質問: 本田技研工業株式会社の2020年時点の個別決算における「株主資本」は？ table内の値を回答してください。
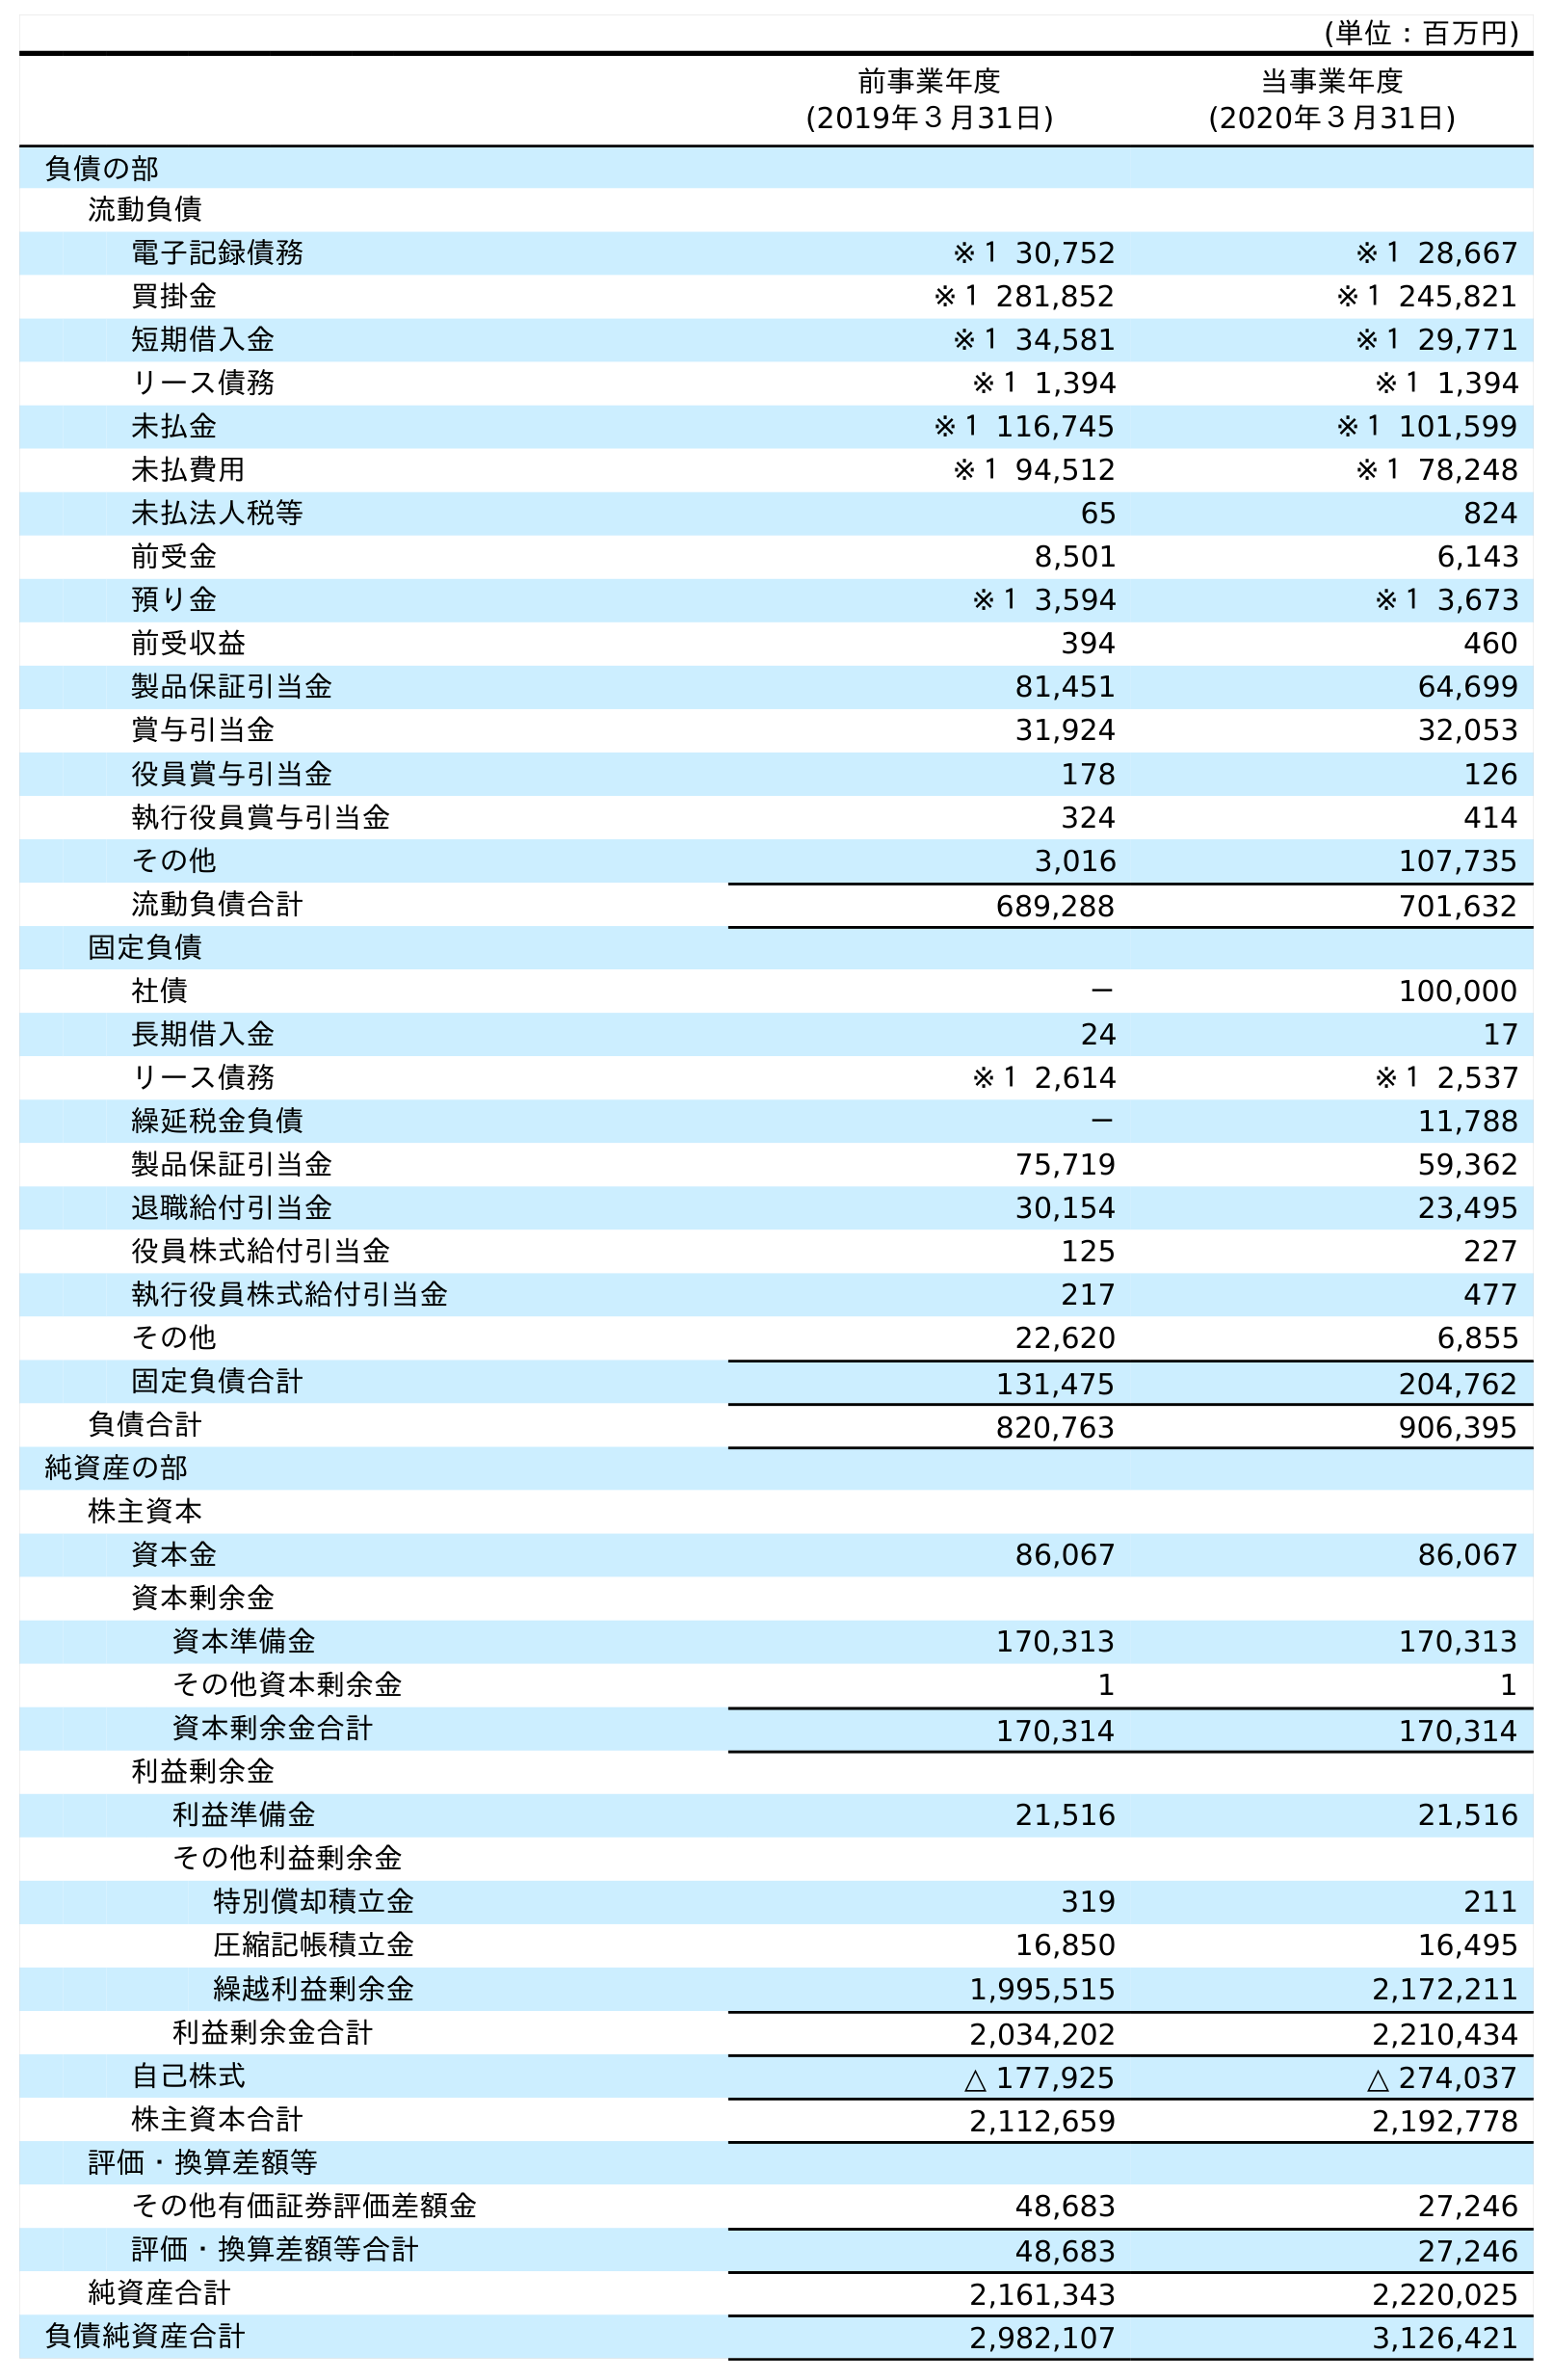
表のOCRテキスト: (単位：百万円) 前事業年度 (2019年３月31日) 当事業年度 (2020年３月31日) 負債の部 流動負債 電子記録債務 ※１ 30,752 ※１ 28,667 買掛金 ※１ 281,852 ※１ 245,821 短期借入金 ※１ 34,581 ※１ 29,771 リース債務 ※１ 1,394 ※１ 1,394 未払金 ※１ 116,745 ※１ 101,599 未払費用 ※１ 94,512 ※１ 78,248 未払法人税等 65 824 前受金 8,501 6,143 預り金 ※１ 3,594 ※１ 3,673 前受収益 394 460 製品保証引当金 81,451 64,699 賞与引当金 31,924 32,053 役員賞与引当金 178 126 執行役員賞与引当金 324 414 その他 3,016 107,735 流動負債合計 689,288 701,632 固定負債 社債 － 100,000 長期借入金 24 17 リース債務 ※１ 2,614 ※１ 2,537 繰延税金負債 － 11,788 製品保証引当金 75,719 59,362 退職給付引当金 30,154 23,495 役員株式給付引当金 125 227 執行役員株式給付引当金 217 477 その他 22,620 6,855 固定負債合計 131,475 204,762 負債合計 820,763 906,395 純資産の部 株主資本 資本金 86,067 86,067 資本剰余金 資本準備金 170,313 170,313 その他資本剰余金 1 1 資本剰余金合計 170,314 170,314 利益剰余金 利益準備金 21,516 21,516 その他利益剰余金 特別償却積立金 319 211 圧縮記帳積立金 16,850 16,495 繰越利益剰余金 1,995,515 2,172,211 利益剰余金合計 2,034,202 2,210,434 自己株式 △ 177,925 △ 274,037 株主資本合計 2,112,659 2,192,778 評価・換算差額等 その他有価証券評価差額金 48,683 27,246 評価・換算差額等合計 48,683 27,246 純資産合計 2,161,343 2,220,025 負債純資産合計 2,982,107 3,126,421
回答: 2,192,778